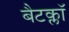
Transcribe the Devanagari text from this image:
बैटक्लॉ